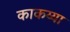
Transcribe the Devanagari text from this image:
काकय्या